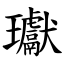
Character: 瓛